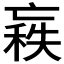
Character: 𠅼